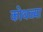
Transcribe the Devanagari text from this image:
कोथळ्या